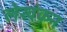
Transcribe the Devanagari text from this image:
लेखंकन